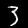
Label: 3